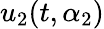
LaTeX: u_{2}(t,\alpha_{2})